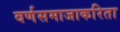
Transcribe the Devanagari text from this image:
वर्णसमाजाकरिता